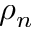
\rho _ { n }